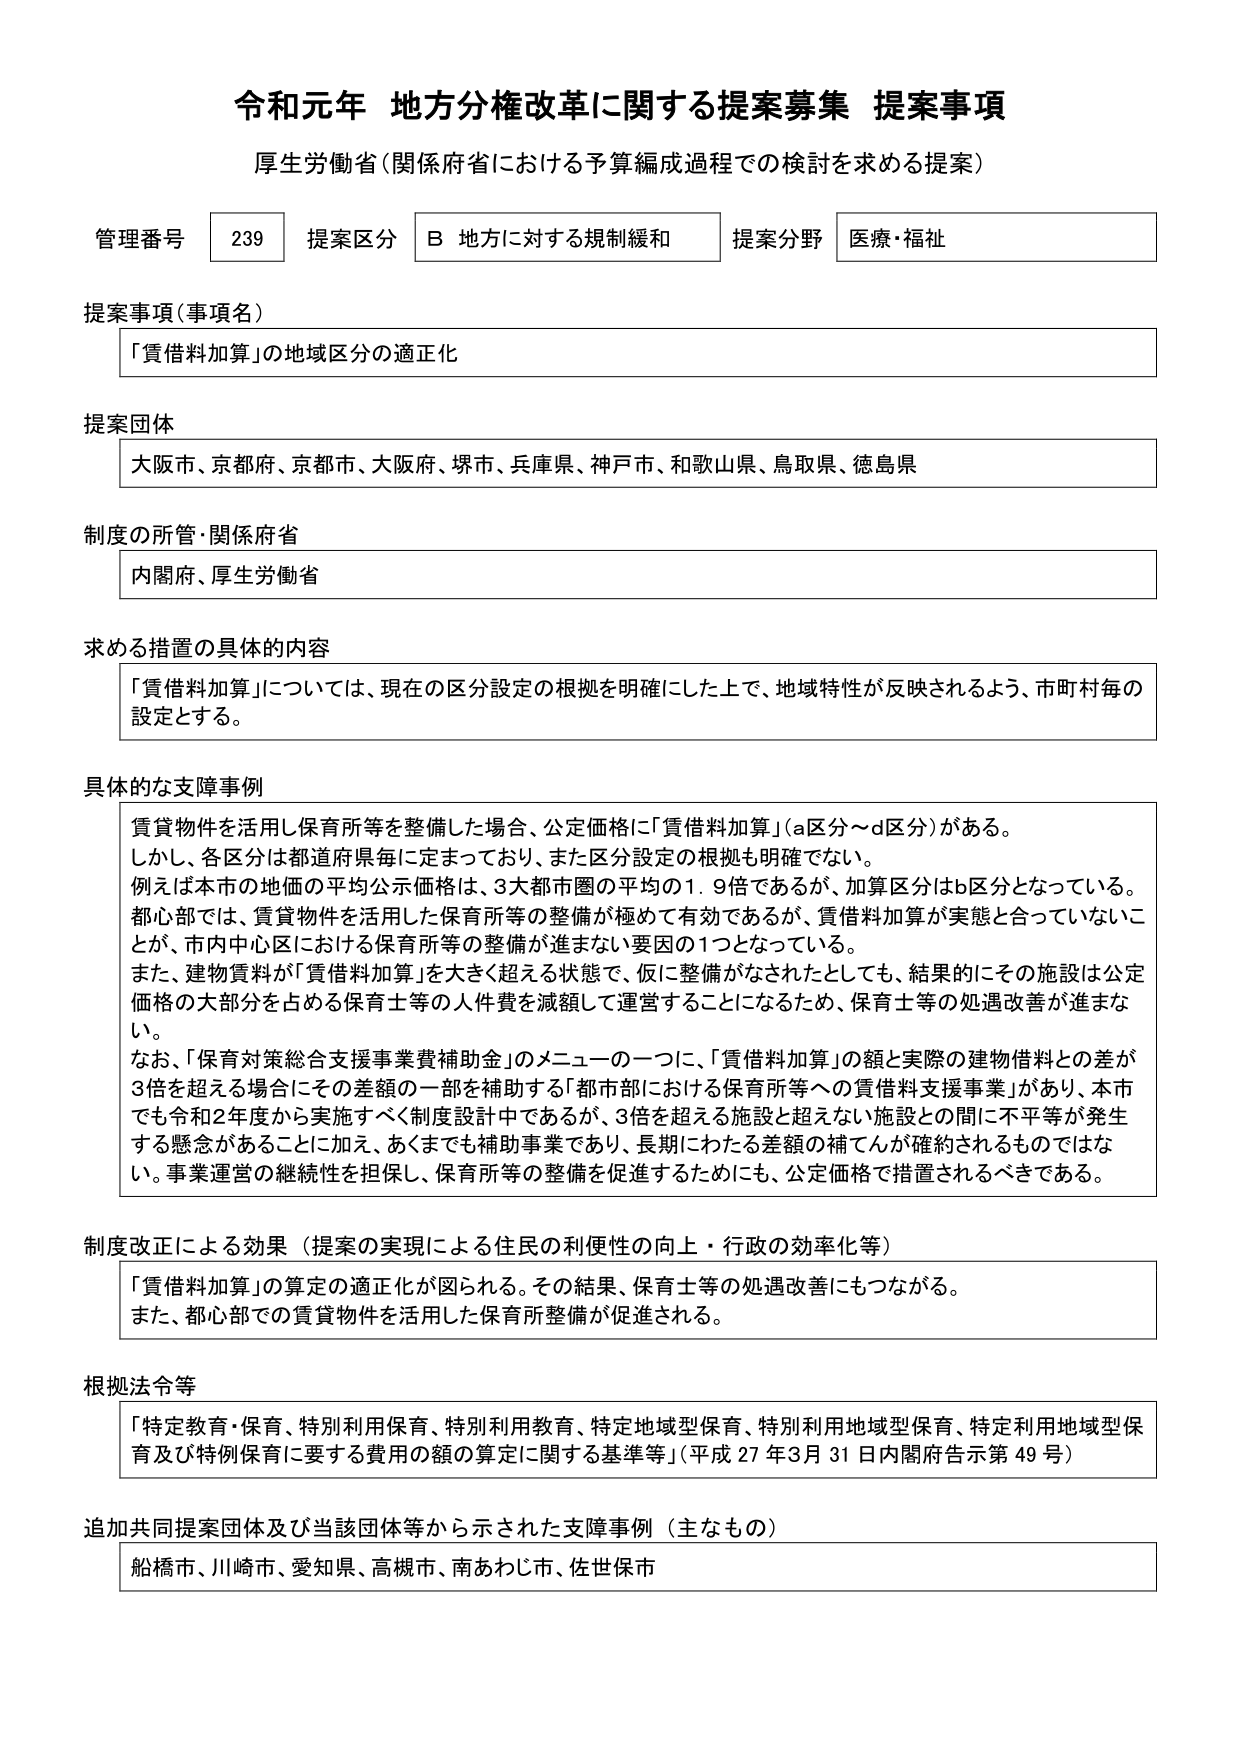
令和元年 地方分権改革に関する提案募集 提案事項
厚生労働省（関係府省における予算編成過程での検討を求める提案）

管理番号 239 提案区分 B 地方に対する規制緩和 提案分野 医療・福祉

提案事項（事項名）
「賃借料加算」の地域区分の適正化

提案団体
大阪市、京都府、京都市、大阪府、堺市、兵庫県、神戸市、和歌山県、鳥取県、徳島県

制度の所管・関係府省
内閣府、厚生労働省

求める措置の具体的内容
「賃借料加算」については、現在の区分設定の根拠を明確にした上で、地域特性が反映されるよう、市町村毎の設定とする。

具体的な支障事例
賃貸物件を活用し保育所等を整備した場合、公定価格に「賃借料加算」（a区分～d区分）がある。
しかし、各区分手は都道府県毎に定まっており、また区分設定の根拠も明確でない。
例えば本市の地価の平均公示価格は、3大都市圏の平均の1.9倍であるが、加算区分はb区分となっている。
都心部では、賃貸物件を活用した保育所等の整備が極めて有効であるが、賃借料加算が実態と合っていないことが、市内中心区における保育所等の整備が進まない要因の1つとなっている。
また、建物賃料が「賃借料加算」を大きく超える状態で、仮に整備がなされたとしても、結果的にその施設は公定価格の大部分を占める保育士等の人件費を減額して運営することになるため、保育士等の処遇改善が進まない。
なお、「保育対策総合支援事業費補助金」のメニューの一つに、「賃借料加算」の額と実際の建物借料との差が3倍を超える場合にその差額の一部を補助する「都市部における保育所等への賃借料支援事業」があり、本市でも令和2年度から実施すべく制度設計中であるが、3倍を超える施設と超えない施設との間に不平等が発生する懸念があることに加え、あくまでも補助事業であり、長期にわたる差額の補てんが確約されるものではない。事業運営の継続性を担保し、保育所等の整備を促進するためにも、公定価格で措置されるべきである。

制度改正による効果（提案の実現による住民の利便性の向上・行政の効率化等）
「賃借料加算」の算定の適正化が図られる。その結果、保育士等の処遇改善にもつながる。
また、都心部での賃貸物件を活用した保育所整備が促進される。

根拠法令等
「特定教育・保育、特別利用保育、特別利用教育、特定地域型保育、特別利用地域型保育、特定利用地域型保育及び特別保育に要する費用の額の算定に関する基準等」（平成27年3月31日内閣府告示第49号）

追加共同提案団体及び当該団体等から示された支障事例（主なもの）
船橋市、川崎市、愛知県、高槻市、南あわじ市、佐世保市